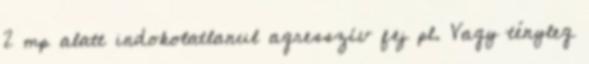
2 mp alatt indokolatlanul agresszí­v fej pl. Vagy tényleg